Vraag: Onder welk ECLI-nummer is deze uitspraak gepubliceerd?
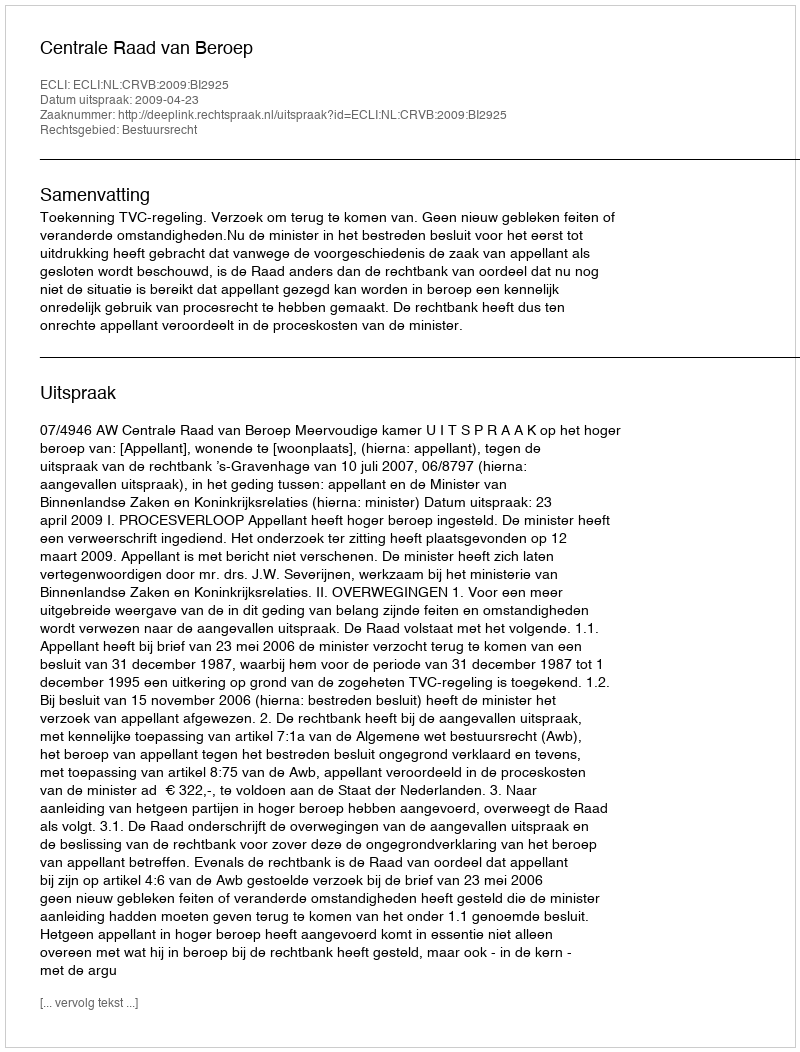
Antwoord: ECLI:NL:CRVB:2009:BI2925